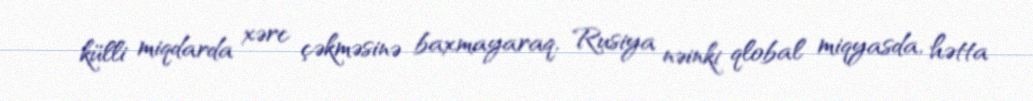
külli miqdarda xərc çəkməsinə baxmayaraq, Rusiya nəinki qlobal miqyasda, hətta